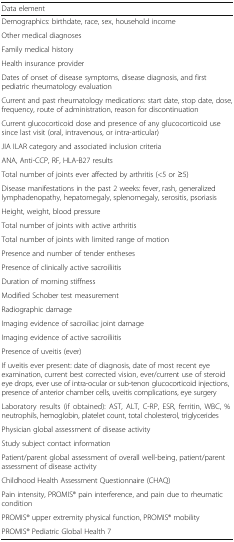
<table><thead><tr><td><b>Data element</b></td></tr></thead><tbody><tr><td>Demographics: birthdate, race, sex, household income</td></tr><tr><td>Other medical diagnoses</td></tr><tr><td>Family medical history</td></tr><tr><td>Health insurance provider</td></tr><tr><td>Dates of onset of disease symptoms, disease diagnosis, and first pediatric rheumatology evaluation</td></tr><tr><td>Current and past rheumatology medications: start date, stop date, dose, frequency, route of administration, reason for discontinuation</td></tr><tr><td>Current glucocorticoid dose and presence of any glucocorticoid use since last visit (oral, intravenous, or intra-articular)</td></tr><tr><td>JIA ILAR category and associated inclusion criteria</td></tr><tr><td>ANA, Anti-CCP, RF, HLA-B27 results</td></tr><tr><td>Total number of joints ever affected by arthritis (&lt;5 or ≥5)</td></tr><tr><td>Disease manifestations in the past 2 weeks: fever, rash, generalized lymphadenopathy, hepatomegaly, splenomegaly, serositis, psoriasis</td></tr><tr><td>Height, weight, blood pressure</td></tr><tr><td>Total number of joints with active arthritis</td></tr><tr><td>Total number of joints with limited range of motion</td></tr><tr><td>Presence and number of tender entheses</td></tr><tr><td>Presence of clinically active sacroiliitis</td></tr><tr><td>Duration of morning stiffness</td></tr><tr><td>Modified Schober test measurement</td></tr><tr><td>Radiographic damage</td></tr><tr><td>Imaging evidence of sacroiliac joint damage</td></tr><tr><td>Imaging evidence of active sacroiliitis</td></tr><tr><td>Presence of uveitis (ever)</td></tr><tr><td>If uveitis ever present: date of diagnosis, date of most recent eye examination, current best corrected vision, ever/current use of steroid eye drops, ever use of intra-ocular or sub-tenon glucocorticoid injections, presence of anterior chamber cells, uveitis complications, eye surgery</td></tr><tr><td>Laboratory results (if obtained): AST, ALT, C-RP, ESR, ferritin, WBC, % neutrophils, hemoglobin, platelet count, total cholesterol, triglycerides</td></tr><tr><td>Physician global assessment of disease activity</td></tr><tr><td>Study subject contact information</td></tr><tr><td>Patient/parent global assessment of overall well-being, patient/parent assessment of disease activity</td></tr><tr><td>Childhood Health Assessment Questionnaire (CHAQ)</td></tr><tr><td>Pain intensity, PROMIS® pain interference, and pain due to rheumatic condition</td></tr><tr><td>PROMIS® upper extremity physical function, PROMIS® mobility</td></tr><tr><td>PROMIS® Pediatric Global Health 7</td></tr></tbody></table>